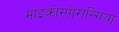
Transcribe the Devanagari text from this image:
माइक्रोस्पोरान्गिया